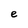
Character: e